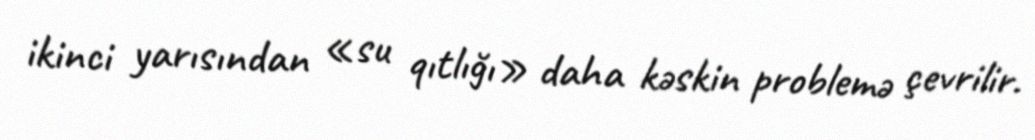
ikinci yarısından «su qıtlığı» daha kəskin problemə çevrilir.